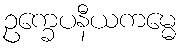
ဥက္ခေပနီယကမ္မေ